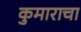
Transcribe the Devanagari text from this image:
कुमाराचा